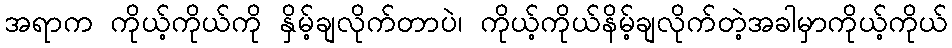
အရာက ကိုယ့်ကိုယ်ကို နှိမ့်ချလိုက်တာပဲ၊ ကိုယ့်ကိုယ်နိမ့်ချလိုက်တဲ့အခါမှာကိုယ့်ကိုယ်